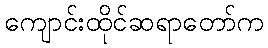
ကျောင်းထိုင်ဆရာတော်က